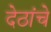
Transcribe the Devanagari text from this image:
देठांचे